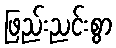
ဖြည်းညင်းစွာ